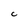
Character: c